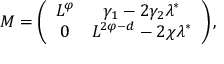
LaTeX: M = \left( \begin{array} { c c } { { L ^ { \varphi } } } & { { \gamma _ { 1 } - 2 \gamma _ { 2 } \lambda ^ { * } } } \\ { { 0 } } & { { L ^ { 2 \varphi - d } - 2 \chi \lambda ^ { * } } } \end{array} \right) ,